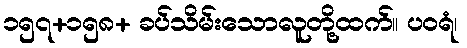
၁၅၇+၁၅၈+ ခပ်သိမ်းသောလူတို့ထက်။ ပဝရံ၊